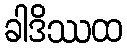
ခါဒိဿထ